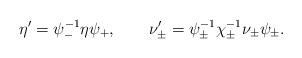
LaTeX: \begin{align*}\eta' = \psi_-^{-1} \eta \psi_+, \qquad \nu'_\pm = \psi_\pm^{-1}\chi_\pm^{-1} \nu_\pm \psi_\pm. \end{align*}